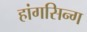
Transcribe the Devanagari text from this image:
हांगसिन्ग